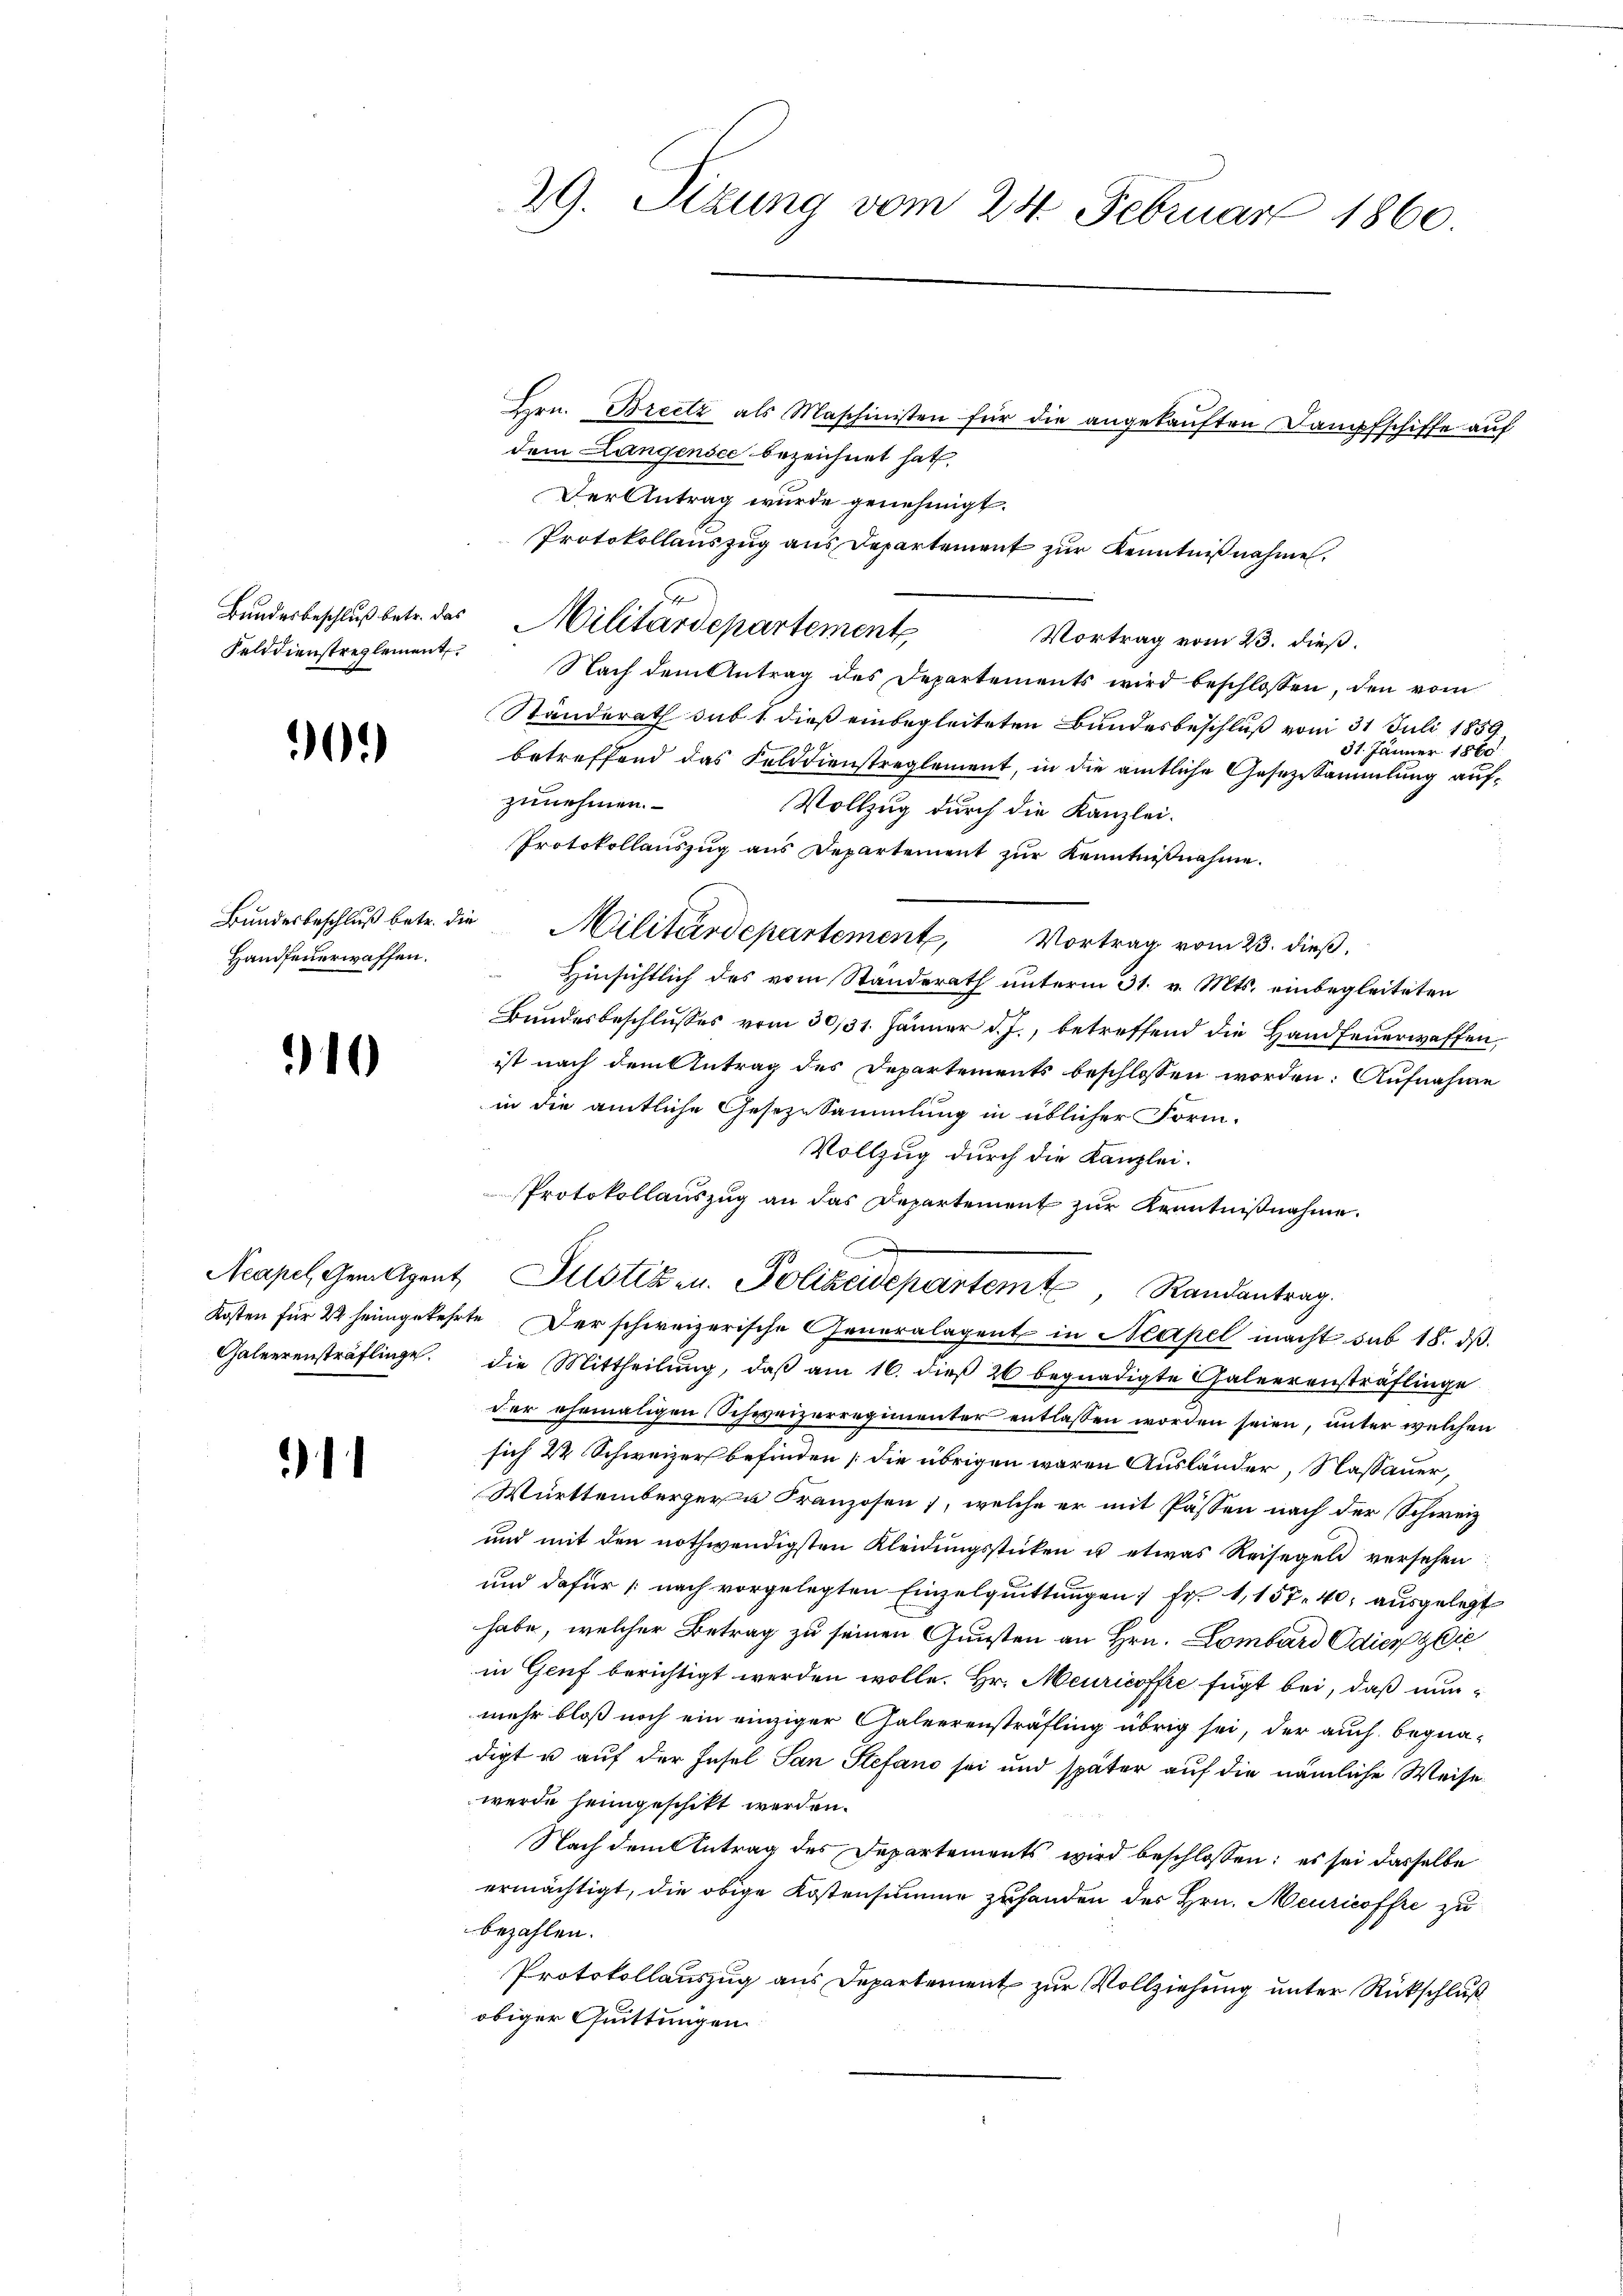
Felddienstreglement

90.

Handfeuerwaffen.

10

1

29. Sizung vom 24. Februar 1860.

dem Langensee bezeichnet hat,
Der Antrag wurde genehmigt.
Nach dem Antrag des Departements wird beschlossen, den vom
Standerath sub 1 dieß einbegleiteten Bundesbeschluß vom 31. Juli 1859.
31. Jänner 1860
betreffend das Felddienstreglement, in die amtliche Gesezesammlung aufzunehmen.
Vollzug durch die Kanzlei-
Protokollauszug aus Departement zŭr Kenntnißnahme.
Bŭndesbeschlŭβ betr. die Militärdepartement, Vortrag vom 23. dieß.
Hinsichtlich des vom Standerath unterm 31. v. Mts. einbegleiteten
Bundesbeschlusses vom 30/31. Jänner d. J., betreffend die Handfeuerwaffen,
ist nach dem Antrag des Departements beschlossen worden: Aufnahme
in die amtliche Geseze Sammlung in üblicher Form-
Vollzug durch die Kanzlei-
 erren unermengen eine
Kosten für 2 heimgekehrte Der schweizerische Generalagent in Neapel macht sub 18. ds.
Galeerensträflinge. Die Mittheilŭng, daβ am 16. dieβ 26 begnadigte Galeerensträflinge
der ehemaligen Schweizerregimenter entlassen worden seien, unter welchen
sich 22 Schweizer befinden [die übrigen waren Ausländer, Nassauer,
Württemberger u Franzosen, welche er mit Passen nach der Schweiz.
und mit den nothwendigsten Kleidungsstücken u etwas Reisegel versehen:
und dafür nach vorgelegten Einzelquittungen 1 Fr. 1,157. 40, ausgelegt
habe, welcher Betrag zu seinen Gunsten an Hrn. Lombard Odier & Cie
in Genf berichtigt werden wolle. Hr. Meuricoffre fügt bei, daß nunmehr bloß noch ein einziger Galeerensträfling übrig sei, der auch begnadigt u auf der Insel San Stefand sei und später auf die nämliche Weise
werde heimgeschikt werden.
Nach dem Antrag des Departements wird beschlossen: es sei dasselbe
ermächtigt, die obige Kostensumme zuhanden des Hrn. Meuricoffre zu
bezahlen.
Protokollauszug aus Departement zur Vollziehung unter Rückschluß
obiger Quittungen.

Bundesbeschluß betr. das Militärdepartement

Protokollauszug an das Departement zur Kenntnißnahme.
Acapel Gemeigent Sustizen. Polizeidepartem Randantrag

Protokollauszug aus Departement zur Kenntnißnahme.
Vortrag vom 23. dieß.

Hrn. Breetz als Maschinisten für die angekauften Dampfschiffe auf